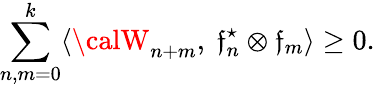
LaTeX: \sum_{n,m=0}^{k}\langle{\calW}_{n+m},\ \mathfrak{f}_{n}^{\star}\otimes\mathfrak{f}_{m}\rangle\geq0.